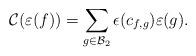
LaTeX: \begin{align*}\mathcal{C}(\varepsilon(f))=\sum_{g \in \mathcal{B}_2} \epsilon(c_{f,g}) \varepsilon(g).\end{align*}